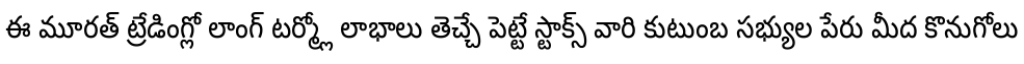
ఈ మూరత్ ట్రేడింగ్లో లాంగ్ టర్మ్లో లాభాలు తెచ్చే పెట్టే స్టాక్స్ వారి కుటుంబ సభ్యుల పేరు మీద కొనుగోలు